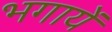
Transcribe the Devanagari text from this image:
भगायें